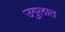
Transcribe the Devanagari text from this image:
उगुलात